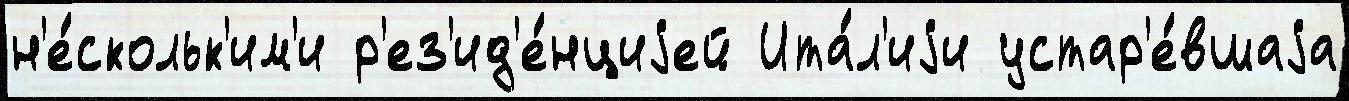
н'е́скольк'им'и р'ез'ид'е́нциjей Ита́л'иjи устар'е́вшаjа